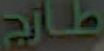
طازج